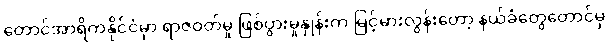
တောင်အာရိကနိုင်ငံမှာ ရာဇဝတ်မှု ဖြစ်ပွားမှုနှုန်းက မြင့်မားလွန်းတော့ နယ်ခံတွေတောင်မှ